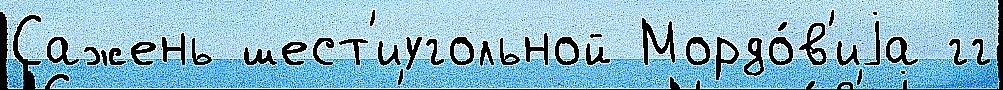
Сажень шест'иугольной Мордо́в'иjа гг